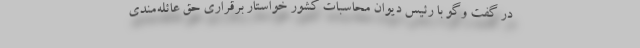
در گفت وگو با رئیس دیوان محاسبات کشور خواستار برقراری حق عائله‌مندی